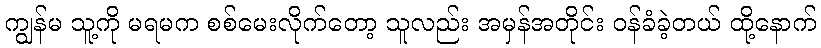
ကျွန်မ သူ့ကို မရမက စစ်မေးလိုက်တော့ သူလည်း အမှန်အတိုင်း ဝန်ခံခဲ့တယ် ထို့နောက်